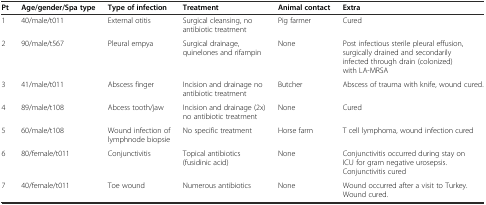
<table><thead><tr><td><b>Pt</b></td><td><b>Age/gender/Spa type</b></td><td><b>Type of infection</b></td><td><b>Treatment</b></td><td><b>Animal contact</b></td><td><b>Extra</b></td></tr></thead><tbody><tr><td>1</td><td>40/male/t011</td><td>External otitis</td><td>Surgical cleansing, no antibiotic treatment</td><td>Pig farmer</td><td>Cured</td></tr><tr><td>2</td><td>90/male/t567</td><td>Pleural empya</td><td>Surgical drainage, quinelones and rifampin</td><td>None</td><td>Post infectious sterile pleural effusion, surgically drained and secondarily infected through drain (colonized) with LA-MRSA</td></tr><tr><td>3</td><td>41/male/t011</td><td>Abscess finger</td><td>Incision and drainage no antibiotic treatment</td><td>Butcher</td><td>Abscess of trauma with knife, wound cured.</td></tr><tr><td>4</td><td>89/male/t108</td><td>Abcess tooth/jaw</td><td>Incision and drainage (2x) no antibiotic treatment</td><td>None</td><td>Cured</td></tr><tr><td>5</td><td>60/male/t108</td><td>Wound infection of lymphnode biopsie</td><td>No specific treatment</td><td>Horse farm</td><td>T cell lymphoma, wound infection cured</td></tr><tr><td>6</td><td>80/female/t011</td><td>Conjunctivitis</td><td>Topical antibiotics (fusidinic acid)</td><td>None</td><td>Conjunctivitis occurred during stay on ICU for gram negative urosepsis. Conjunctivitis cured</td></tr><tr><td>7</td><td>40/female/t011</td><td>Toe wound</td><td>Numerous antibiotics</td><td>None</td><td>Wound occurred after a visit to Turkey. Wound cured.</td></tr></tbody></table>